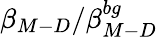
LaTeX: \beta_{M-D}/\beta_{M-D}^{bg}